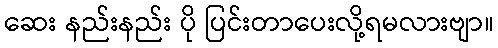
ဆေး နည်းနည်း ပို ပြင်းတာပေးလို့ရမလားဗျာ။